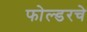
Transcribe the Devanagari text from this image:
फोल्डरचे